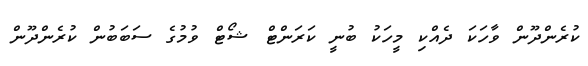
ކުރެންދޫން ވާހަކަ ދެއްކި މީހަކު ބުނީ ކަރަންޓް ޝޯޓް ވުމުގެ ސަބަބުން ކުރެންދޫން